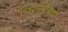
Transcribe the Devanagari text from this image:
चिरंजीवियों